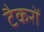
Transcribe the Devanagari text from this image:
टैकरों